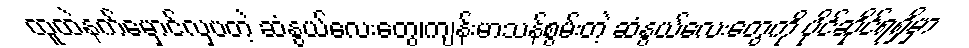
ထူထဲနက်မှောင်လှပတဲ့ ဆံနွယ်လေးတွေ၊ကျန်းမာသန်စွမ်းတဲ့ ဆံနွယ်လေးတွေကို ပိုင်ဆိုင်ရရှိမှာ